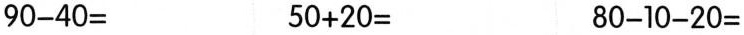
$$9 0 - 4 0 =$$ $$5 0 + 2 0 =$$ $$8 0 - 1 0 - 2 0 =$$